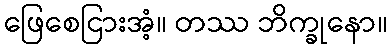
ဖြေစေငြားအံ့။ တဿ ဘိက္ခုနော။